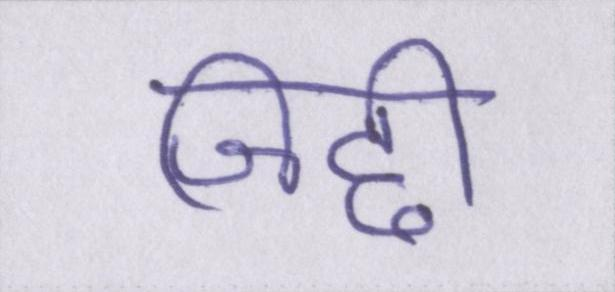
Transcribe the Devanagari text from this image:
जिद्दी